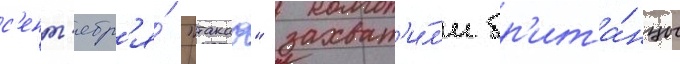
с'ент'ябр'я́ "такао" захват'и́л'и бр'ита́нцы